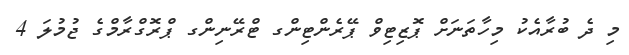
މި ދެ ބުރާއެކު މިހާތަނަށް ޕޮޒިޓިވް ޕޭރެންޓިންގ ޓްރޭނިންގ ޕްރޮގްރާމްގެ ޖުމުލަ 4